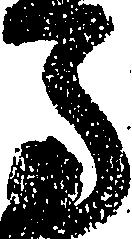
馬